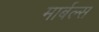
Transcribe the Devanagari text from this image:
मार्बल्स